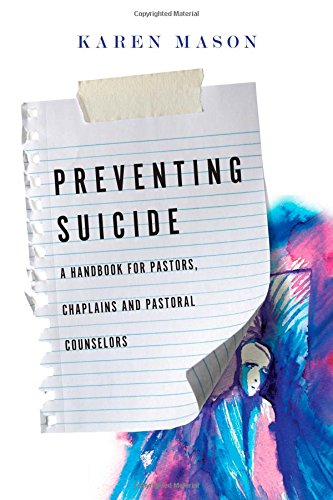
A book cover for Preventing Suicide: A Handbook for Pastors, Chaplains and Pastoral Counselors; Karen Mason; Self-Help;